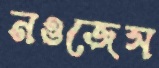
নওজেস